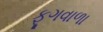
ફૂગવાળા